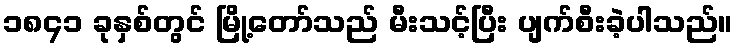
၁၈၄၁ ခုနှစ်တွင် မြို့တော်သည် မီးသင့်ပြီး ပျက်စီးခဲ့ပါသည်။